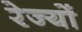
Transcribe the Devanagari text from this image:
रेज्यों